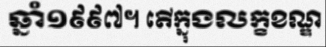
ឆ្នាំ១៩៩៧។ តើក្នុងលក្ខខណ្ឌ